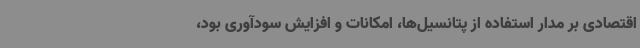
اقتصادی بر مدار استفاده از پتانسیل‌ها، امکانات و افزایش سودآوری بود،